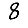
Digit: 8